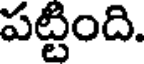
పట్టింది.